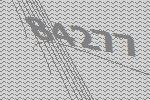
84277